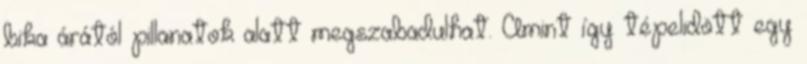
bika árától pillanatok alatt megszabadulhat. Amint így tépelıdött egy